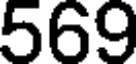
569